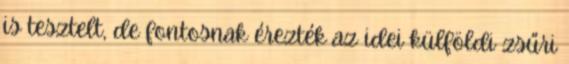
is tesztelt, de fontosnak érezték az idei külföldi zsűri